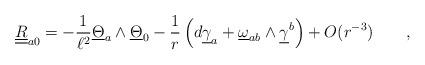
LaTeX: \begin{align*}\underline{\underline R}_{ a 0} =- \frac 1 {\ell^2} \underline{\Theta} _{ a} \wedge \underline{\Theta}_{0}-{1\over r}\left(d\underline{\gamma}_{ a} + \underline{\omega}_{ a b}\wedge \underline{\gamma}^{ b}\right) + O(r^{-3}) \qquad ,\end{align*}